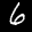
Label: 6